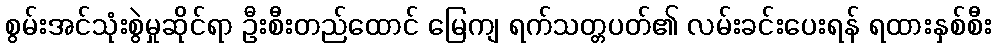
စွမ်းအင်သုံးစွဲမှုဆိုင်ရာ ဦးစီးတည်ထောင် မြေကျ ရက်သတ္တပတ်၏ လမ်းခင်းပေးရန် ရထားနှစ်စီး